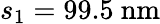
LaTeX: s_{1}=99.5\ \mathrm{nm}